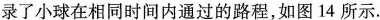
录了小球在相同时间内通过的路程，如图14所示。